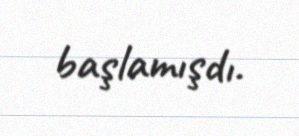
başlamışdı.